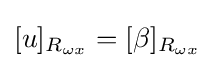
[u]_{R_{\omega x}}=[\beta ]_{R_{\omega x}}